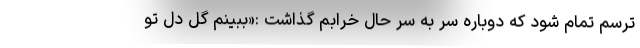
ترسم تمام شود که دوباره سر به سر حال خرابم گذاشت :«ببینم گِل دل تو